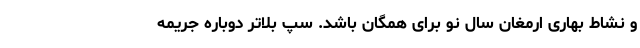
و نشاط بهاری ارمغان سال نو برای همگان باشد. سپ بلاتر دوباره جریمه